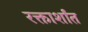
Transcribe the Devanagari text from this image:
रक्तार्शांत